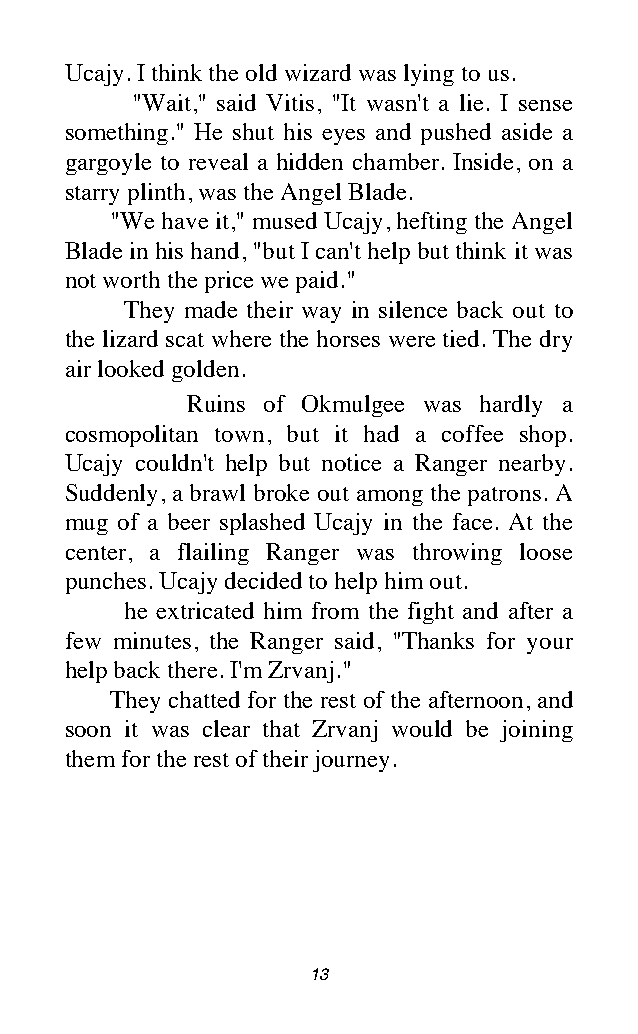
Ucajy. I think the old wizard was lying to us.
 "Wait," said Vitis, "It wasn't a lie. I sense
 something." He shut his eyes and pushed aside a
 gargoyle to reveal a hidden chamber. Inside, on a
 starry plinth, was the Angel Blade.
 "We have it," mused Ucajy, hefting the Angel
 Blade in his hand, "but I can't help but think it was
 not worth the price we paid."
 They made their way in silence back out to
 the lizard scat where the horses were tied. The dry
 air looked golden.
 Ruins of Okmulgee was hardly a
 cosmopolitan town, but it had a coffee shop.
 Ucajy couldn't help but notice a Ranger nearby.
 Suddenly, a brawl broke out among the patrons. A
 mug of a beer splashed Ucajy in the face. At the
 center, a flailing Ranger was throwing loose
 punches. Ucajy decided to help him out.
 he extricated him from the fight and after a
 few minutes, the Ranger said, "Thanks for your
 help back there. I'm Zrvanj."
 They chatted for the rest of the afternoon, and
 soon it was clear that Zrvanj would be joining
 them for the rest of their journey.
 13